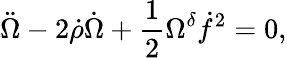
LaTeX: \ddot{\Omega}-2\dot{\rho}\dot{\Omega}+\frac{1}{2}\Omega^{\delta}\dot{f}^{2}=0,